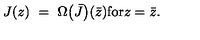
J ( z ) \ = \ \Omega \bigl ( \bar { J } \bigr ) ( \bar { z } ) \mathrm { f o r } z = \bar { z } .